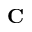
\bf C